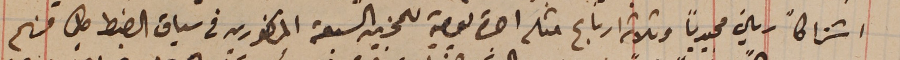
اشتراكاً ريالاً مجيدياً وثلاثة ارباع مثله اجرة يومية للمجزين السبعة المذكورين فى سياق الضبط كلٍ منهم